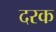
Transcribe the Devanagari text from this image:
दरक